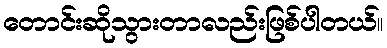
တောင်းဆိုသွားတာလည်းဖြစ်ပါတယ်။